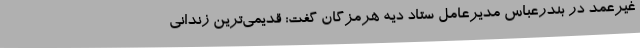
غیرعمد در بندرعباس مدیرعامل ستاد دیه هرمزگان گفت: قدیمی‌ترین زندانی